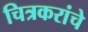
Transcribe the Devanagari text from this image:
चित्रकरांचे